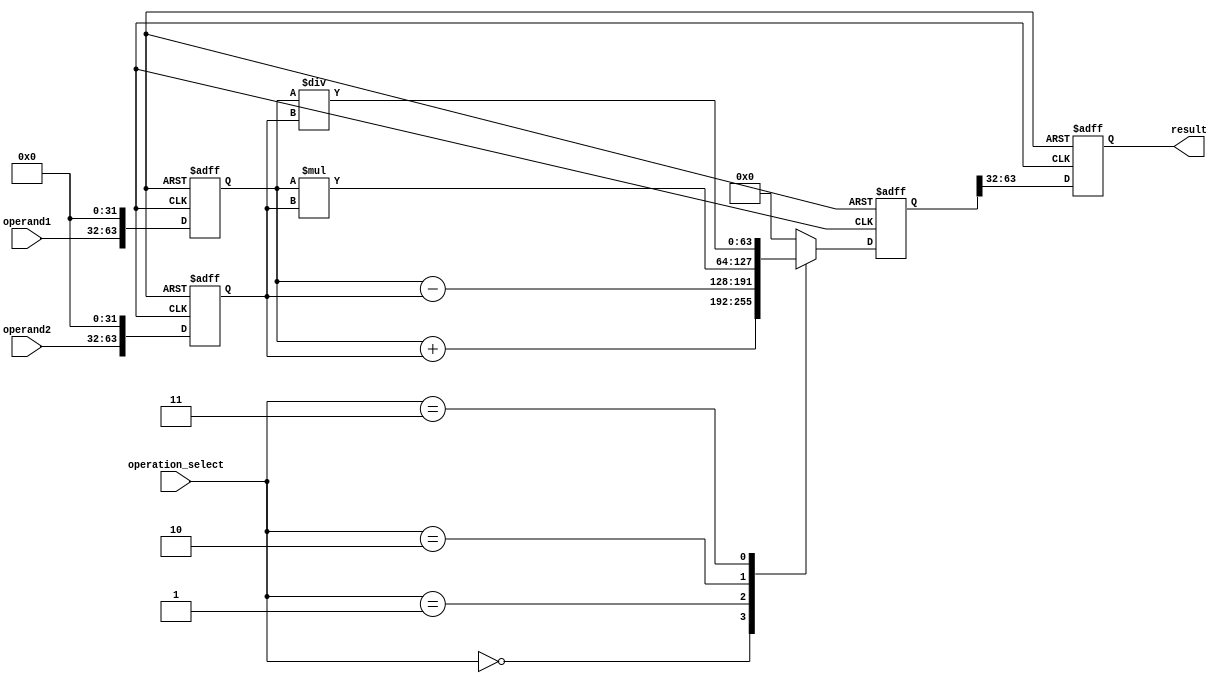
module floating_point_ALU (
    input wire [31:0] operand1,
    input wire [31:0] operand2,
    input wire [2:0] operation_select,
    output wire [31:0] result
);

wire [31:0] operation_result;

reg [63:0] extended_operand1;
reg [63:0] extended_operand2;
reg [63:0] extended_result;

always @ (posedge clk or negedge rst) begin
    if (~rst) begin
        extended_operand1 <= 64'h0000000000000000;
        extended_operand2 <= 64'h0000000000000000;
        extended_result <= 64'h0000000000000000;
    end else begin
        extended_operand1 <= {operand1, 32'h00000000};
        extended_operand2 <= {operand2, 32'h00000000};
        
        case(operation_select)
            3'b000: extended_result <= extended_operand1 + extended_operand2; // Addition
            3'b001: extended_result <= extended_operand1 - extended_operand2; // Subtraction
            3'b010: extended_result <= extended_operand1 * extended_operand2; // Multiplication
            3'b011: extended_result <= extended_operand1 / extended_operand2; // Division
            default: extended_result <= 64'h0000000000000000; // No operation
        endcase
    end
end

always @ (posedge clk or negedge rst) begin
    if (~rst) begin
        result <= 32'h00000000;
    end else begin
        result <= extended_result[63:32];
    end
end

endmodule